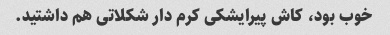
خوب بود، کاش پیرایشکی کرم دار شکلاتی هم داشتید.